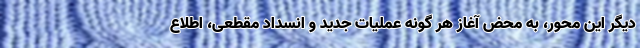
دیگر این محور، به محض آغاز هر گونه عملیات جدید و انسداد مقطعی، اطلاع